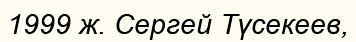
1999 ж. Сергей Түсекеев,